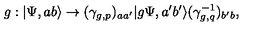
g : | \Psi , a b \rangle \to ( \gamma _ { g , p } ) _ { a a ^ { \prime } } | g \Psi , a ^ { \prime } b ^ { \prime } \rangle ( \gamma _ { g , q } ^ { - 1 } ) _ { b ^ { \prime } b } ,